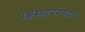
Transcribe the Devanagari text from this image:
पक्षस्थापनेच्या